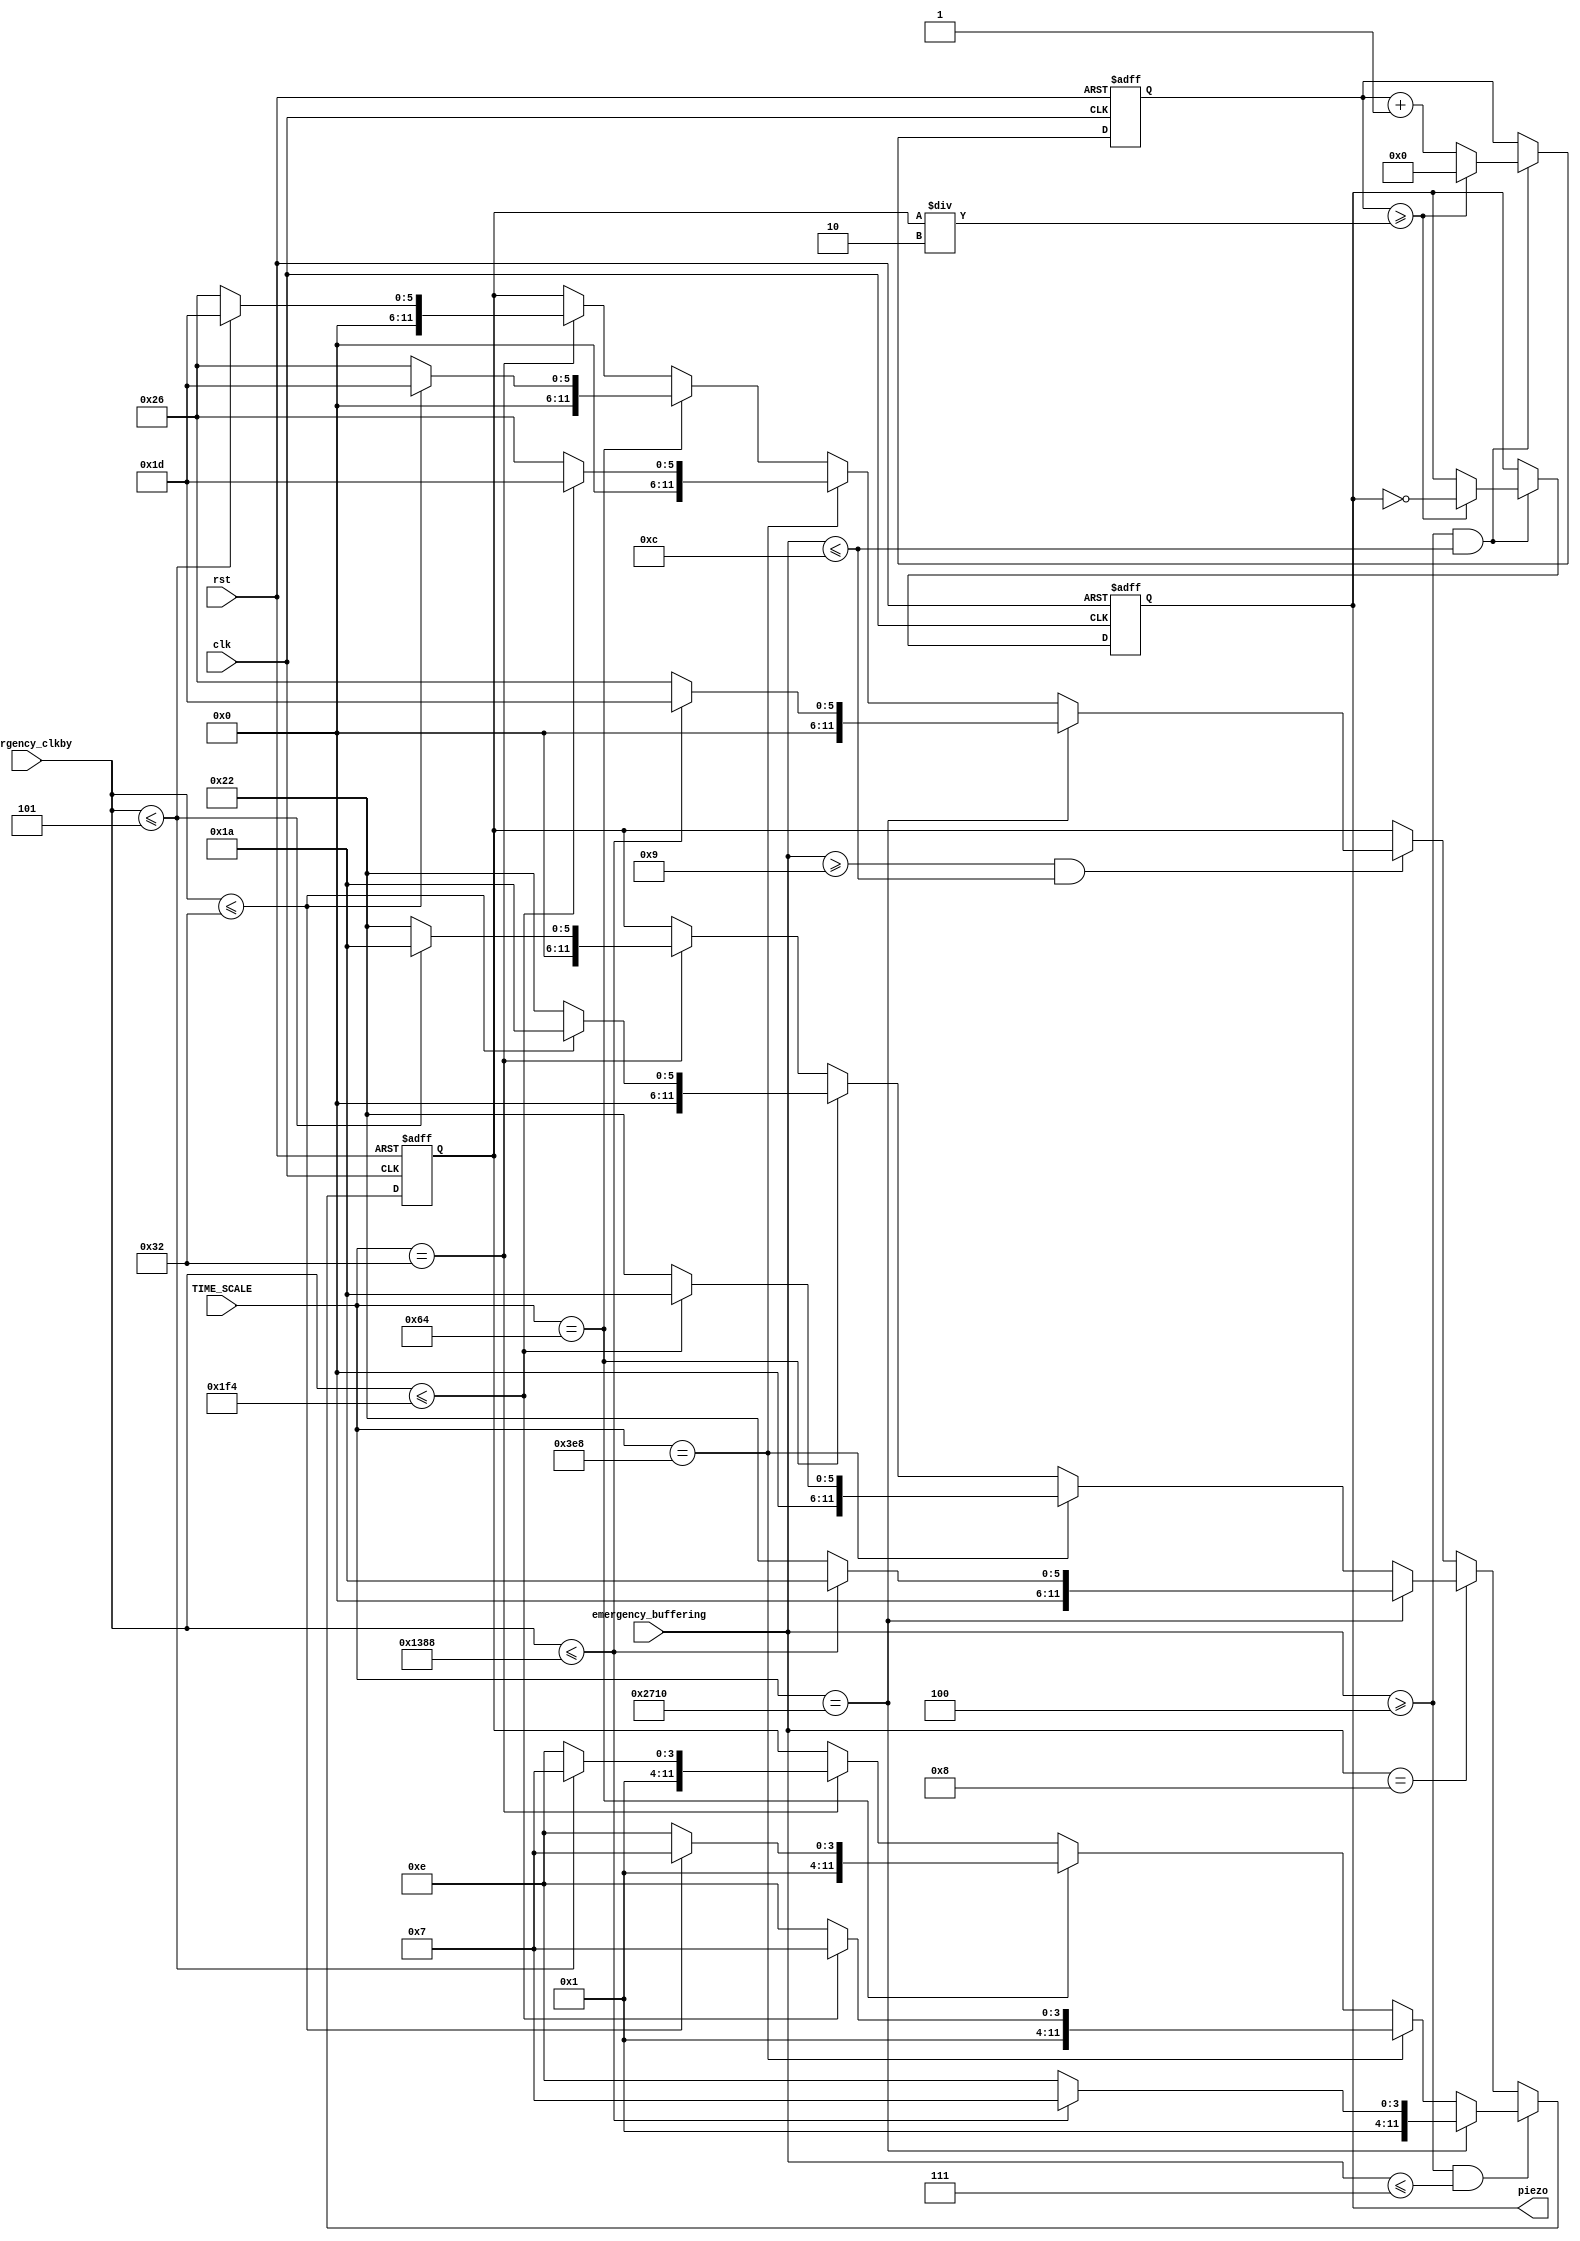
`timescale 1ns / 1ps

module Emergency_Piezo(clk, rst, TIME_SCALE, emergency_buffering, emergency_clkby, piezo);

input clk, rst;
input [47:0] TIME_SCALE;
input [7:0] emergency_buffering;
input [47:0] emergency_clkby;

output reg piezo;



reg [11:0] cnt;
reg [11:0] cnt_limit;
parameter S1 = 12'd40;    //low ti
parameter C2 = 12'd38;    //do  3
parameter D2 = 12'd34;    //re  2
parameter E2 = 12'd30;    //mi  1
parameter F2 = 12'd29;    //fa  3
parameter G2 = 12'd26;    //sol  2
parameter A2 = 12'd23;    //la  1
parameter B2 = 12'd20;    //ti
parameter C3 = 12'd1912;

always @(posedge clk or negedge rst) begin
    if(!rst) begin
        cnt_limit <= 0;
    end
    else begin
        if(emergency_buffering >= 4 && emergency_buffering <= 7) begin
            if(TIME_SCALE == 10000) begin
                if(emergency_clkby<=5000) begin
                    cnt_limit = A2;
                end
                else begin
                    cnt_limit = E2;
                end
            end
            else if (TIME_SCALE == 1000) begin
                if(emergency_clkby<=500) begin
                    cnt_limit = A2;
                end
                else begin
                    cnt_limit = E2;
                end
            end
            else if (TIME_SCALE == 100) begin
                if(emergency_clkby<=50) begin
                    cnt_limit = A2;
                end
                else begin
                    cnt_limit = E2;
                end
            end
            else if (TIME_SCALE == 50) begin
                if(emergency_clkby<=5) begin
                    cnt_limit = A2;
                end
                else begin
                    cnt_limit = E2;
                end
            end
        end
        else if(emergency_buffering == 8) begin         //passing
            if(TIME_SCALE == 10000) begin
                if(emergency_clkby<=5000) begin
                    cnt_limit = G2;
                end
                else begin
                    cnt_limit = D2;
                end
            end
            else if (TIME_SCALE == 1000) begin
                if(emergency_clkby<=500) begin
                    cnt_limit = G2;
                end
                else begin
                    cnt_limit = D2;
                end
            end
            else if (TIME_SCALE == 100) begin
                if(emergency_clkby<=50) begin
                    cnt_limit = G2;
                end
                else begin
                    cnt_limit = D2;
                end
            end
            else if (TIME_SCALE == 50) begin
                if(emergency_clkby<=5) begin
                    cnt_limit = G2;
                end
                else begin
                    cnt_limit = D2;
                end
            end
        end
        else if(emergency_buffering >= 9 && emergency_buffering <= 12) begin
            if(TIME_SCALE == 10000) begin
                if(emergency_clkby<=5000) begin
                    cnt_limit = F2;
                end
                else begin
                    cnt_limit = C2;
                end
            end
            else if (TIME_SCALE == 1000) begin
                if(emergency_clkby<=500) begin
                    cnt_limit = F2;
                end
                else begin
                    cnt_limit = C2;
                end
            end
            else if (TIME_SCALE == 100) begin
                if(emergency_clkby<=50) begin
                    cnt_limit = F2;
                end
                else begin
                    cnt_limit = C2;
                end
            end
            else if (TIME_SCALE == 50) begin
                if(emergency_clkby<=5) begin
                    cnt_limit = F2;
                end
                else begin
                    cnt_limit = C2;
                end
            end
        end    
    end
end


always @(posedge clk or negedge rst) begin
    if(!rst) begin
        cnt = 0;
        piezo = 0;
    end
    else begin
        if(emergency_buffering >= 4 && emergency_buffering <= 12) begin
            if(cnt >= cnt_limit/2) begin
                piezo = ~piezo;
                cnt = 0;
            end
            else cnt = cnt + 1;
        end
    end
    

end






endmodule